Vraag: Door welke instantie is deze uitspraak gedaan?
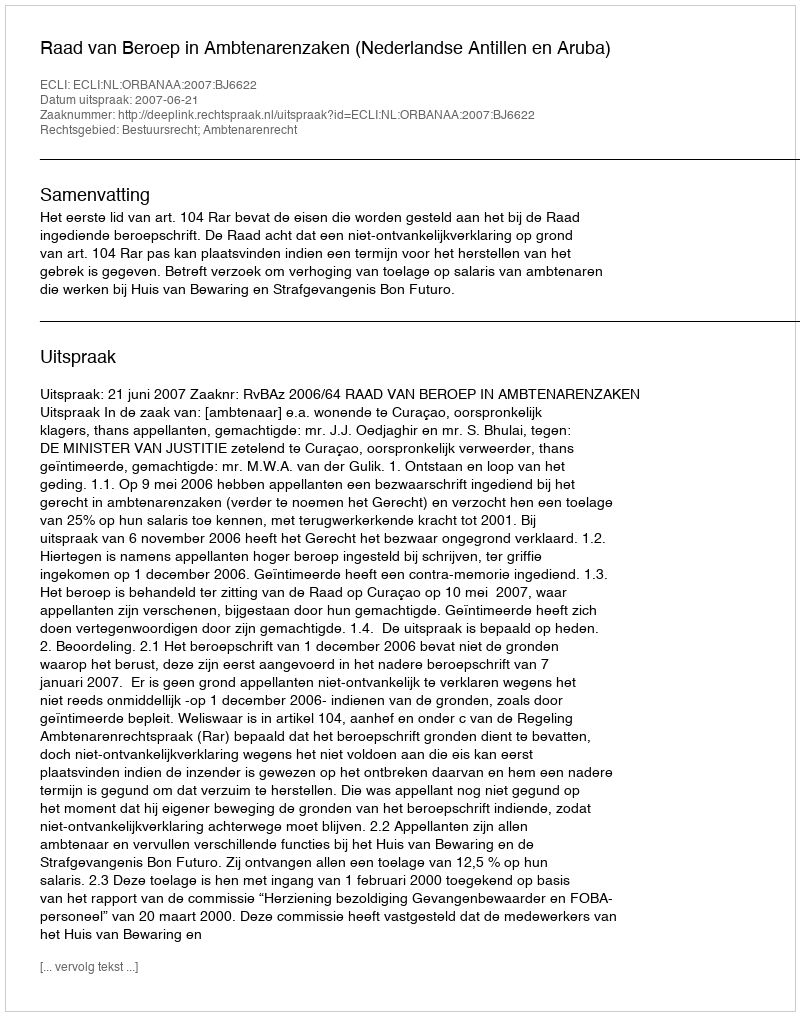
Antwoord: Raad van Beroep in Ambtenarenzaken (Nederlandse Antillen en Aruba)